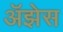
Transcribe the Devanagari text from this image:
अॅझेस